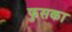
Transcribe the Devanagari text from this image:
फुसका